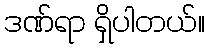
ဒဏ်ရာ ရှိပါတယ်။